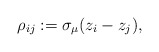
\begin{gather*} \rho_{ij}:= \sigma_{\mu}(z_i-z_j), \end{gather*}